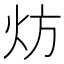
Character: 𬊀